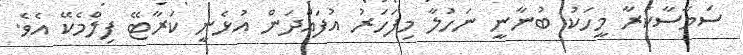
ސަމާސާކުރާ މީހަކު ބުނާނީ ނަހުލާ މިފަހަރު އުފައްދަން އުޅެނީ ކަރާޓޭ ފިލްމެކޭ އެވެ.